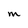
Character: M